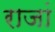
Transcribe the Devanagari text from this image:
राजां